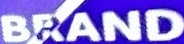
BRAND